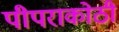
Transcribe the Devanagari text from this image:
पीपराकोठी